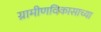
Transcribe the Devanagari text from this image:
ग्रामीणविकासाच्या